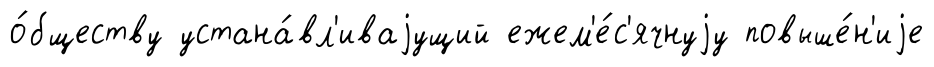
о́бществу устана́вл'иваjущий ежем'е́с'ячнуjу повыше́н'иjе